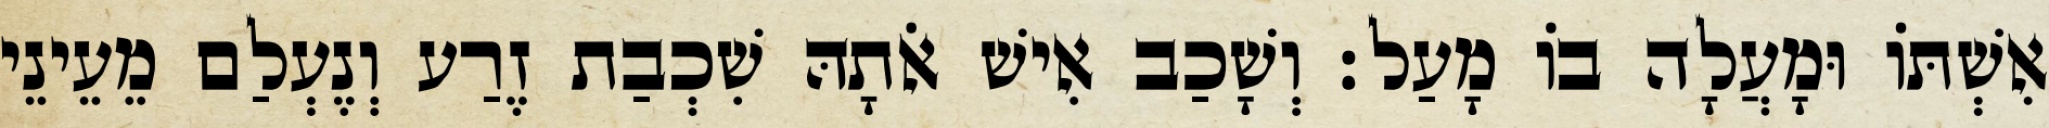
אִשְׁתּוֹ וּמָעֲלָה בוֹ מָעַל׃ וְשָׁכַב אִישׁ אֹתָהּ שִׁכְבַת זֶרַע וְנֶעְלַם מֵעֵינֵי